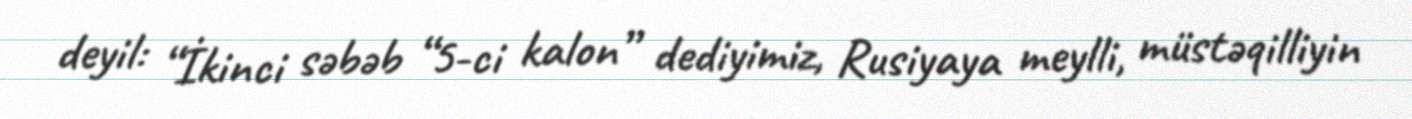
deyil: “İkinci səbəb “5-ci kalon” dediyimiz, Rusiyaya meylli, müstəqilliyin